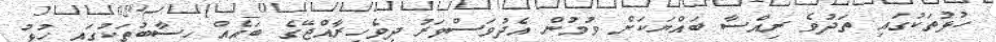
ހުޅުތަކުގައި ތަދުވެ ރިއްސާ ބައްޔަކަށް ވުމުން އެދުވަސްވަރު ދިވެހިރާއްޖޭގެ ބައެއް ހިސާބުތަކުގައި ހުޅު